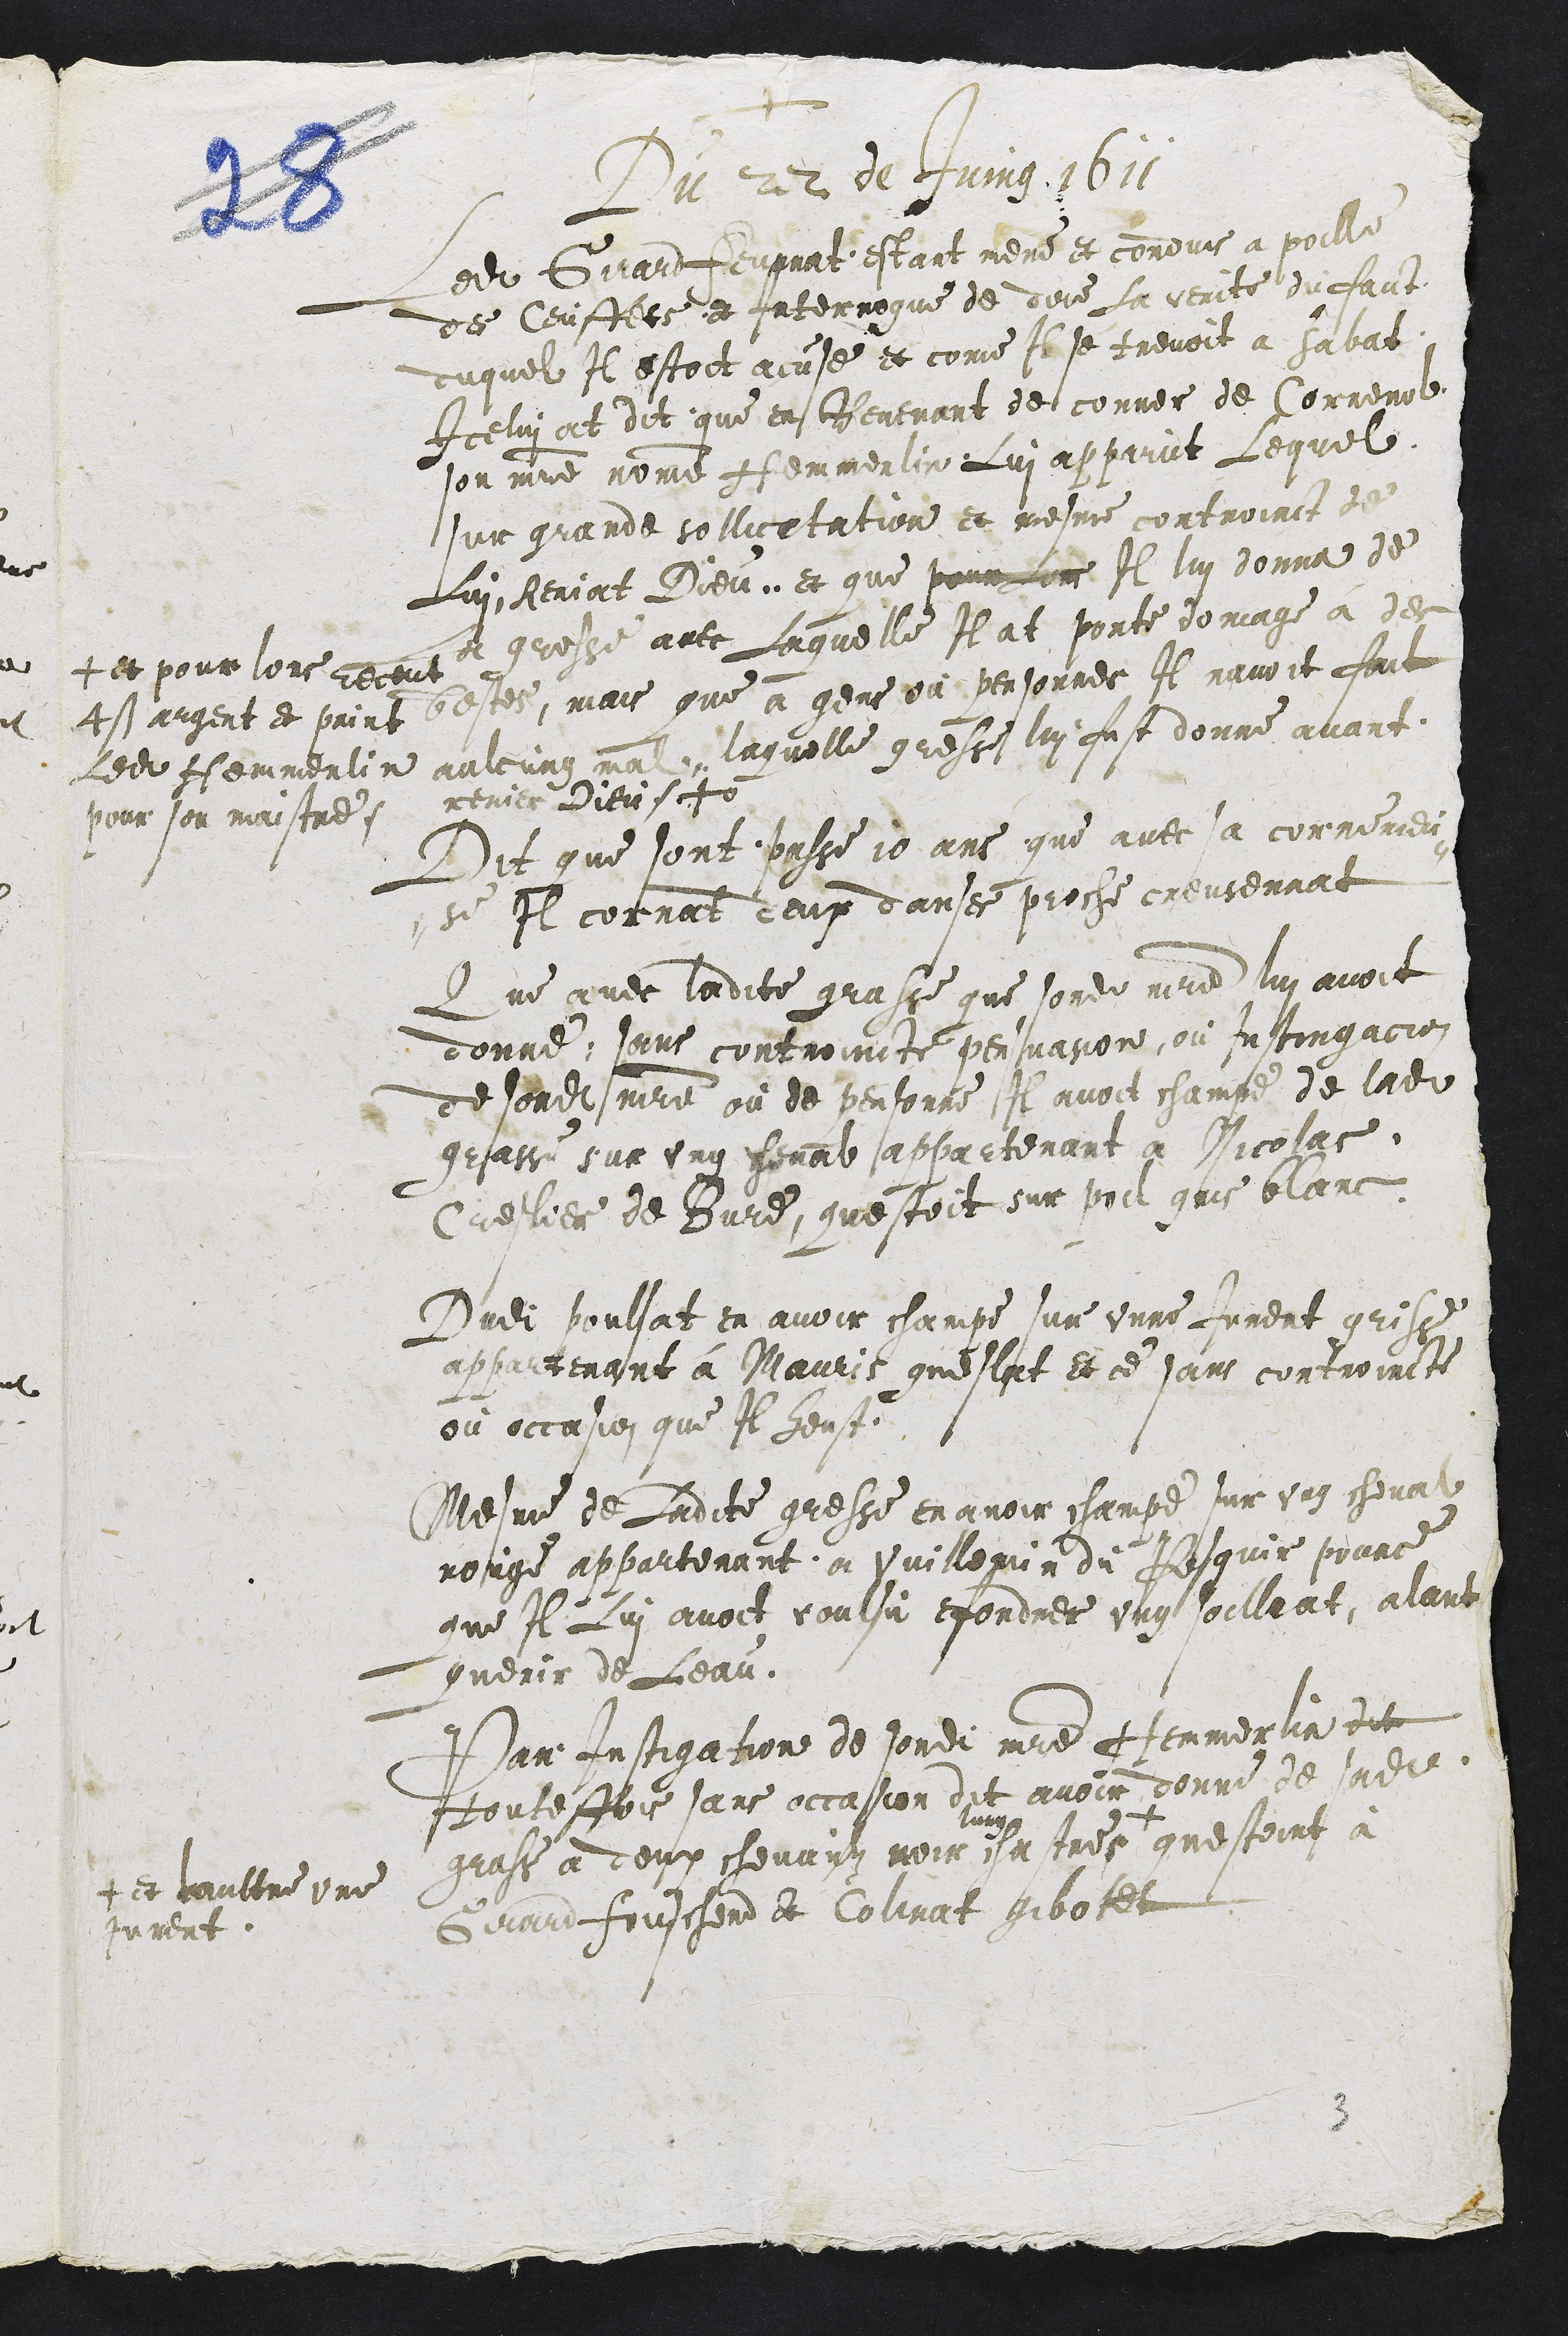
+
Du 22 de Juing 1611
Ledit Girard engnat estant mene et conduis a poille
des Ceuffles et Interrogue de dire la verite du faict
duquel Il estoit accusee et come Il se trevoit a Sabat
Icelui at dit que en hevenant de conner de Correnol
son maitre nomme femmerlin Lui apparut Lequel
sur grande sollicitation et mesme controinct de
Lui henriat Dieu et que pour lors Il lui donna de
de gresse avec Laquelle Il at porte domage a de
+ et pour lors receur
bestes, mais que a gene ou personnes Il navoit fait
+ argent et print
Ledit chemmenin
aulcung mal, laquelle gresse lui fust donne avant
renier Dieusche
pour son maistre.
Dit que sont passe 10 ans que avec sa correment
-se Il cornant deux danses proche creussenat
Que avec ladite grasse que sondit maitre lui avoit
donne, sans controincte persuasion ou Instingatio
de sondit maitre ou de personne Il avoit champe de ladite
grasse sur ung cheval appartenant que Nicolas
Cuelier de Bure, questoit sur pou gris blanc
Dudit poulsat en avoir champe sur unne Jument grisse
appartenant a Mauris quelat et ce sans controincte
ou occasion que Il heust
Mesme de Ladite gresse en avoir champe sur ung cheval
rouge appartenant a vuillemin du Sesquir pource
que Il Lui avoit voulsu fordre ung soillat, alant
querir de Leau
Par Instigation de sondit maitre femmerlin dit
toutesfois sans occasion dit avoir donne de sadite
grasse a deux chevaux noir un tres
+ et daultre une
Jument
questoint a
Girard foucher et Coliat gibotte

3